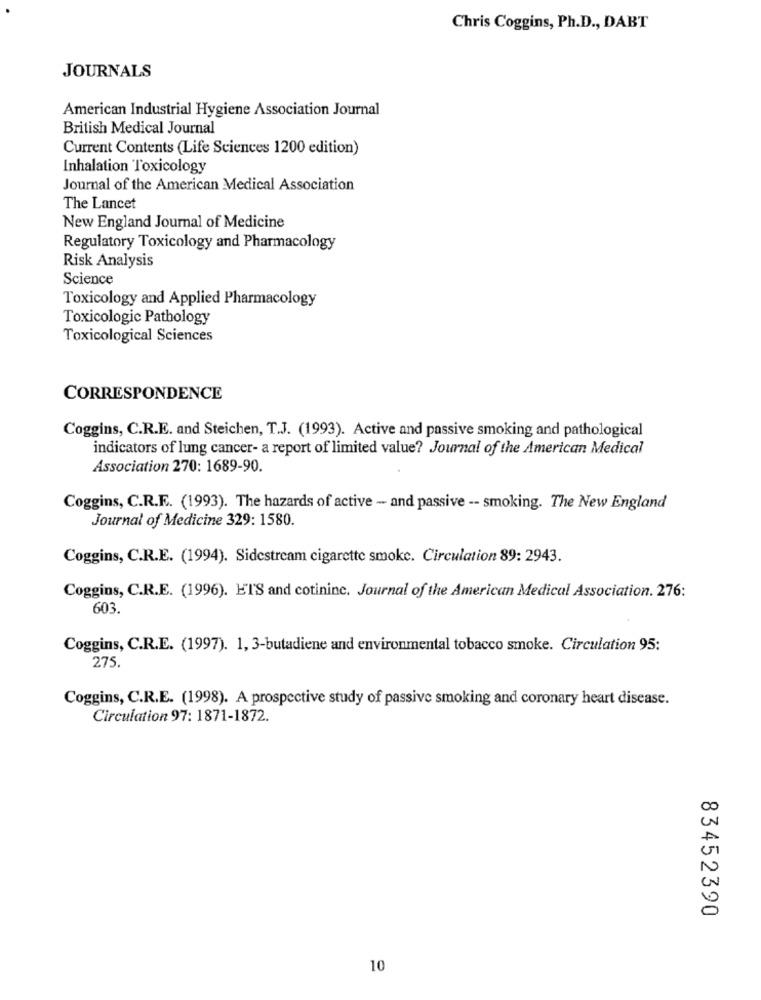
Chris Coggins, Ph.D ., DABT
JOURNALS
American Industrial Hygiene Association Journal
British Medical Journal
Current Contents (Life Sciences 1200 edition)
Inhalation Toxicology
Journal of the American Medical Association
The Lancet
New England Journal of Medicine
Regulatory Toxicology and Pharmacology
Risk Analysis
Science
Toxicology and Applied Pharmacology
Toxicologic Pathology
Toxicological Sciences
CORRESPONDENCE
Coggins, C.R.E. and Steichen, T.J. (1993). Active and passive smoking and pathological
indicators of lung cancer- a report of limited value? Journal of the American Medical
Association 270: 1689-90.
Coggins, C.R.E. (1993). The hazards of active - and passive -- smoking. The New England
Journal of Medicine 329: 1580.
Coggins, C.R.E. (1994). Sidestream cigarette smoke. Circulation 89: 2943.
Coggins, C.R.E. (1996). ETS and cotininc. Journal of the American Medical Association. 276:
603.
Coggins, C.R.E. (1997). 1, 3-butadiene and environmental tobacco smoke. Circulation 95:
275.
Coggins, C.R.E. (1998). A prospective study of passive smoking and coronary heart disease.
Circulation 97: 1871-1872.
83452390
10